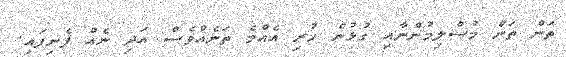
ތަން ތަން މުސްލިމުންނާއި ގުޅުން ހުރި އެއްމެ ތަނެއްވެސް އަދި ނެއް ފެނިފައި.